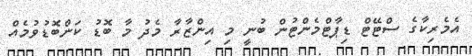
އެމެރިކާގެ ސްޓޭޓް ޑިޕާޓްމެންޓުން ބުނީ މި އިންޒާރާ މެދު މާ ބޮޑު ކަންބޮޑުވުމެއް